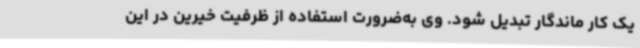
یک کار ماندگار تبدیل شود. وی به‌ضرورت استفاده از ظرفیت خیرین در این